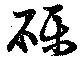
礫